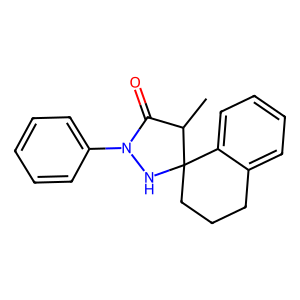
SMILES: CC1C(=O)N(c2ccccc2)NC12CCCc1ccccc12
Inhibits HIV replication: No